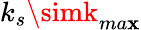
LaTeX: k_{s}\simk_{ma\mathbf{x}}